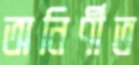
অনির্ণীত